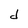
Character: d